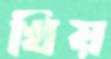
খিয়